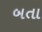
બતા